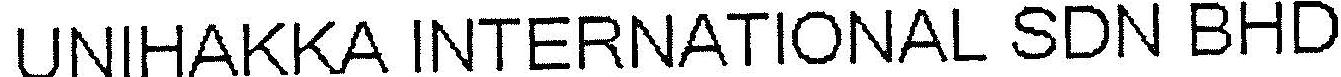
UNIHAKKA INTERNATIONAL SDN BHD